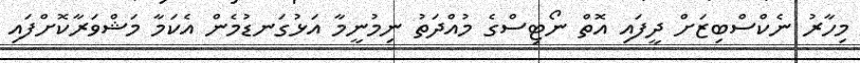
މިހާރު ނެކްސްބިޒަށް ދީފައި އޮތް ނޯޓިސްގެ މުއްދަތު ނިމުނީމާ އަޅުގަނޑުމެން އެކަމާ މަޝްވަރާކޮށްފައި